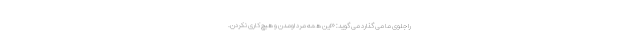
را جلوی ما می گذارد می گوید: «این همه مرد اومدن و هیچ کاری نکردن.